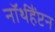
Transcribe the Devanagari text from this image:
नॉर्थहैंप्टन